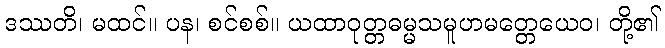
ဒဿတိ၊ မထင်။ ပန၊ စင်စစ်။ ယထာဝုတ္တဓမ္မသမူဟမတ္တေယေဝ၊ တို့၏